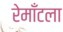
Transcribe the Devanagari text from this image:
रेमाँटला